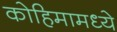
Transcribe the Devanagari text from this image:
कोहिमामध्ये